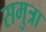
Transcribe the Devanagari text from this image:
समुत्रा